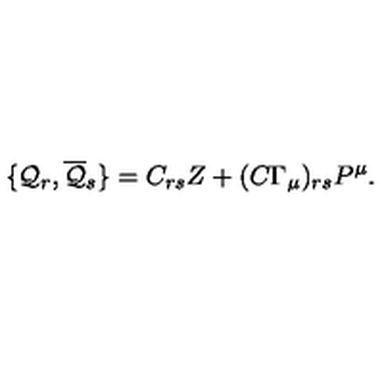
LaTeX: \{ { \cal { Q } } _ { r } , \overline { { { \cal { Q } } } } _ { s } \} = C _ { r s } { Z } + ( C \Gamma _ { \mu } ) _ { r s } P ^ { \mu } .